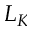
L _ { K }